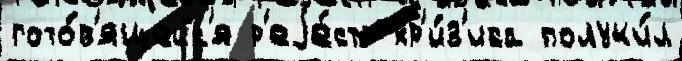
гото́в'ящейс'я р'еjе́стр кр'и́з'иса получи́л